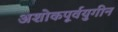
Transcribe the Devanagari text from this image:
अशोकपूर्वयुगीन